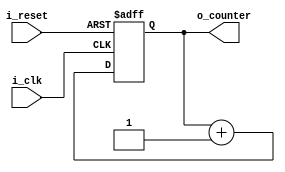
`timescale 1ns / 1ps

module counter_data(
    input i_clk,
    input i_reset,
    output[13:0] o_counter
    );

    reg[13:0] r_counter = 0;
    reg r_clk = 0;
    assign o_counter = r_counter;

    always @(posedge i_clk or posedge i_reset)begin
        if(i_reset)begin
            r_counter <= 0;
            r_clk <= 0;
        end
        else begin
            r_counter <= r_counter + 1;
        end
    end

endmodule